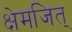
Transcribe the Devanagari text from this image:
क्षेमजित्